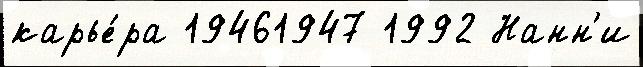
карье́ра 19461947 1992 Нанн'и